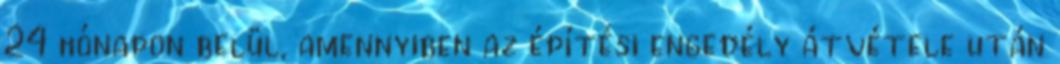
24 hónapon belül, amennyiben az építési engedély átvétele után